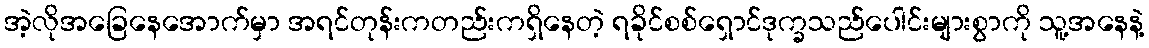
အဲ့လိုအခြေနေအောက်မှာ အရင်တုန်းကတည်းကရှိနေတဲ့ ရခိုင်စစ်ရှောင်ဒုက္ခသည်ပေါင်းများစွာကို သူ့အနေနဲ့